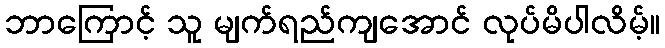
ဘာကြောင့် သူ မျက်ရည်ကျအောင် လုပ်မိပါလိမ့်။